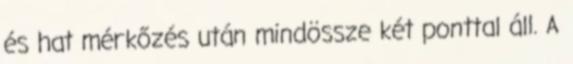
és hat mérkőzés után mindössze két ponttal áll. A